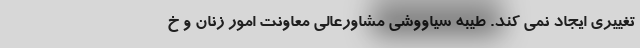
تغییری ایجاد نمی کند. طیبه سیاووشی مشاورعالی معاونت امور زنان و خ